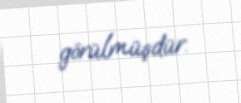
görülmüşdür.